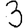
Digit: 3